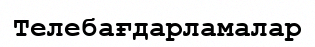
Телебағдарламалар